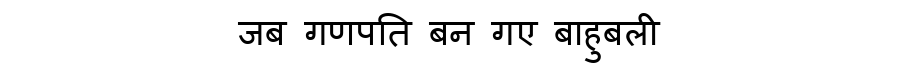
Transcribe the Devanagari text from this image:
जब गणपति बन गए बाहुबली